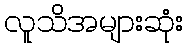
လူသိအများဆုံး